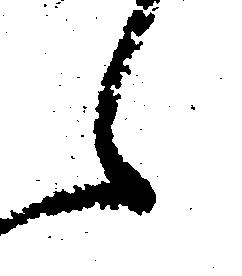
え